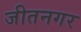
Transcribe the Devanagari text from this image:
जीतनगर